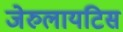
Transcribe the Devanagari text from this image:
जेरुलायटिस